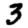
Digit: 3